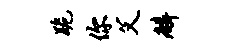
跪你父麟